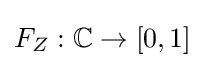
F_{Z}:\mathbb {C} \to [0,1]